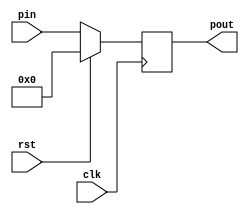
`timescale 1ns / 1ps


module pipo(pin,pout,clk,rst );
input [3:0] pin;
input clk,rst;
output reg [3:0] pout;

always @(posedge clk)
begin
if(rst)
pout<=4'b0;
else 
pout<=pin;

end

endmodule